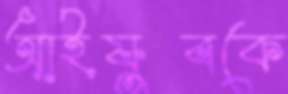
আইয়ুবকে